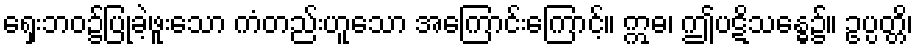
ရှေးဘဝ၌ပြုခဲ့ဖူးသော ကံတည်းဟူသော အကြောင်းကြောင့်။ ဣဓ၊ ဤပဋိသန္ဓေ၌။ ဥပ္ပတ္တိ၊